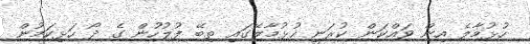
ހުޅުމާލެ އިން ވައްކަން ކުރަނީ ހުޅުމާލޭގައި ތިބޭ ފުލުހުން ގެ ދޯ ހަޅިކަމުން